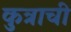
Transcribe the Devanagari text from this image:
कुत्राची